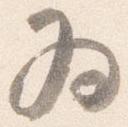
為